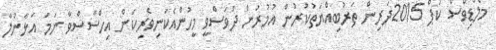
މޯލްޑިވްސް ކަޕް 2015ދަރިން ތަރުބިއްޔަތުކުރުން އުމުރުން ދުވަސްވީ މީހުންއެކަނިވެރިކަން އިހްސާސްވާ ނަމަ އަޅާނުލާ